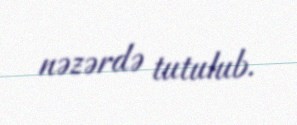
nəzərdə tutulub.